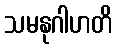
သမနုဂါဟတိ